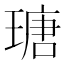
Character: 瑭